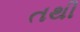
તથી